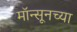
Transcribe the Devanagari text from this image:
मॉन्सूनच्या